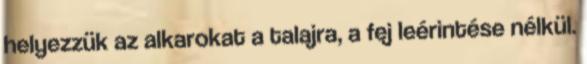
helyezzük az alkarokat a talajra, a fej leérintése nélkül.